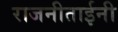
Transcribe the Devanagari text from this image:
राजनीताईनी